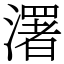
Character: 濖